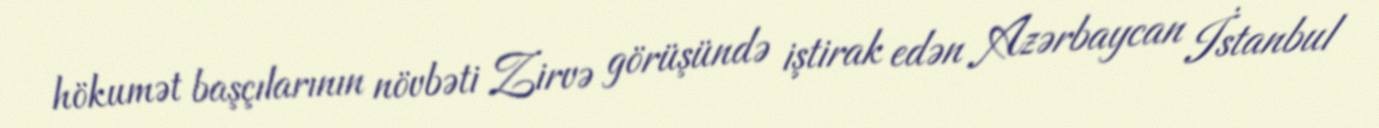
hökumət başçılarının növbəti Zirvə görüşündə iştirak edən Azərbaycan İstanbul